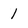
Character: 1